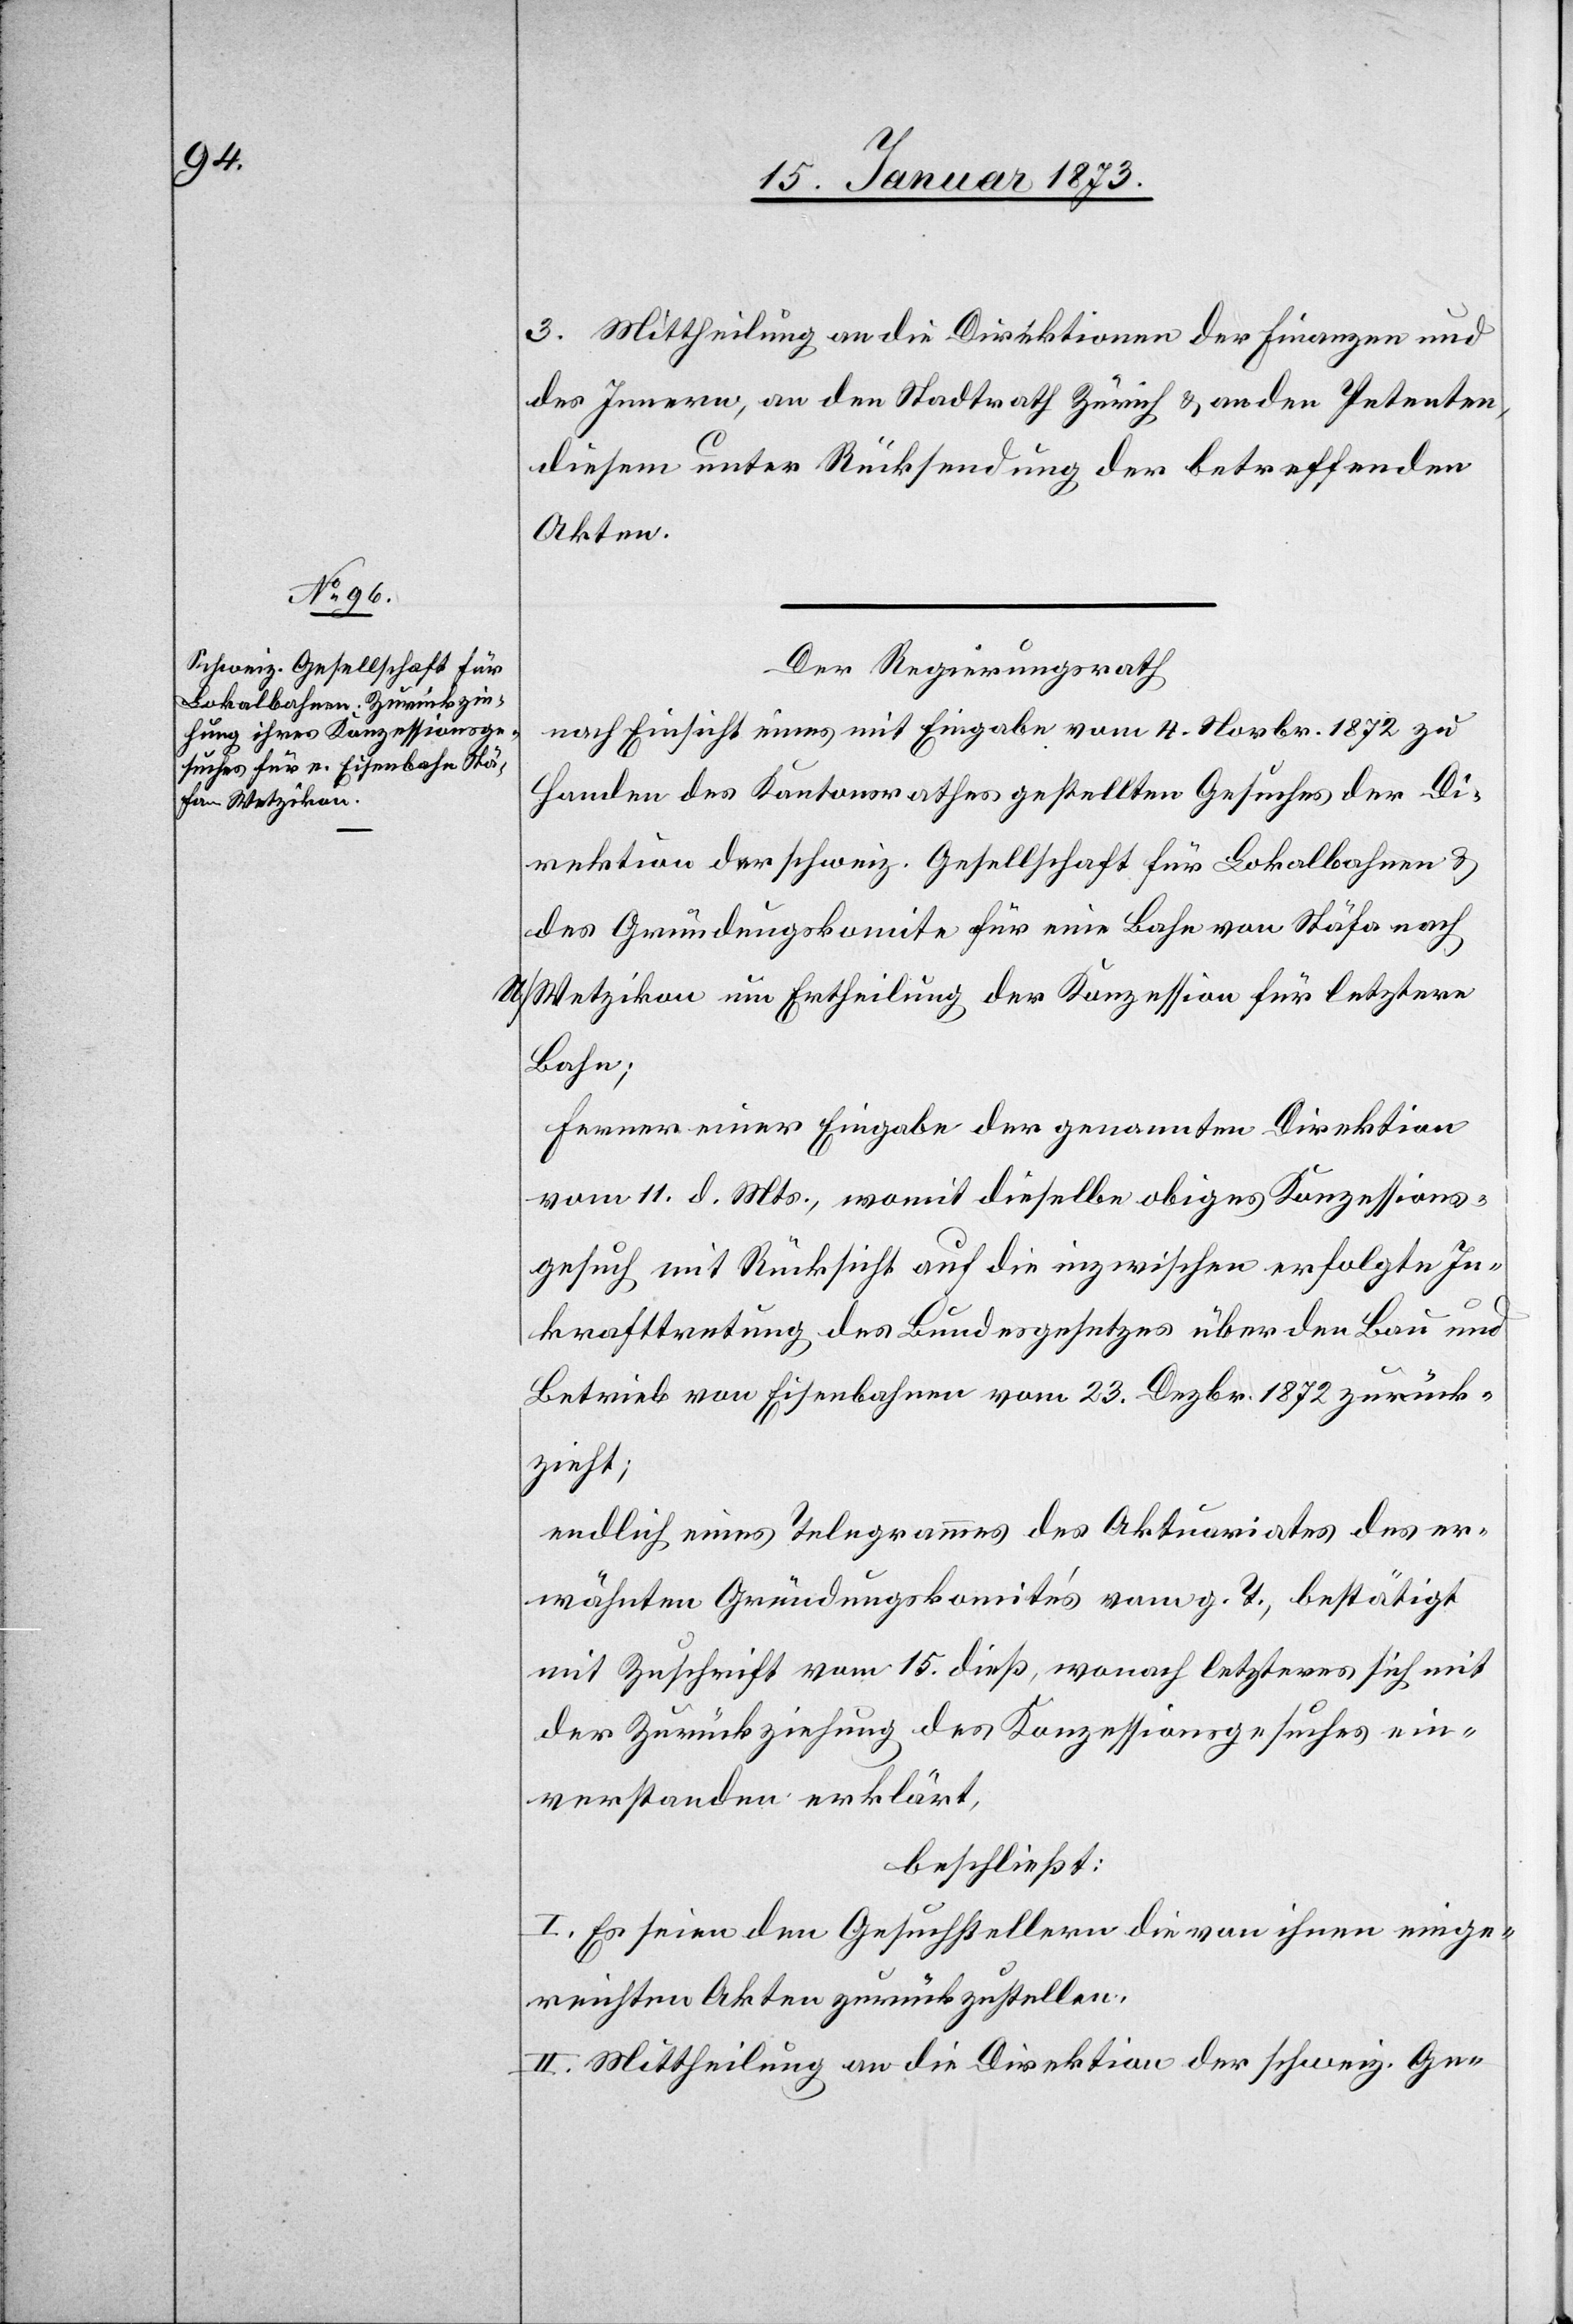
3. Mittheilung an die Direktion der Finanzen und
des Innern, an den Stadtrath Zürich u. an den Petenten,
diesem unter Rücksendung der betreffenden
Akten.
Der Regierungsrath
nach Einsicht eines mit Eingabe vom 4. Novbr. 1872 zu
Handen des Kantonsrathes gestellten Gesuches der Di¬
rektion der schweiz. Gesellschaft für Lokalbahnen u.
des Gründungskomite für eine Bahn von Stäfa nach
U/Wetzikon um Ertheilung der Konzession für letztere
Bahn;
Ferner einer Eingabe der genannten Direktion
vom 11. d. Mts., womit dieselbe obiges Konzessions¬
gesuch mit Rücksicht auf die inzwischen erfolgte In¬
krafttretung des Bundesgesetzes über den Bau und
Betrieb von Eisenbahnen vom 23. Dezbr. 1872 zurück¬
zieht;
endlich eines Telegrammes des Aktuariates des er¬
wähnten Gründungskomités vom g. T., bestätigt
mit Zuschrift vom 15. dieß, wonach letzteres sich mit
der Zurückziehung des Konzessionsgesuches ein¬
verstanden erklärt,
beschließt:
I. Es seien den Gesuchstellern die von ihnen einge¬
reichten Akten zurückzustellen.
II. Mittheilung an die Direktion der schweiz. Ge-